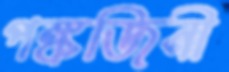
পঙ্কজিনী